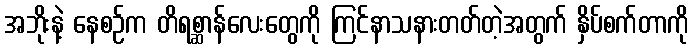
အဘိုးနဲ့ နေစဉ်က တိရစ္ဆာန်လေးတွေကို ကြင်နာသနားတတ်တဲ့အတွက် နှိပ်စက်တာကို